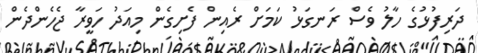
ދަރިފުޅުގެ ހާލު ވެސް ރަނގަޅު ކަމަށް ރެއިން ފެށިގެން މިއަދު ހަވީރާ ޖެހެންދެން